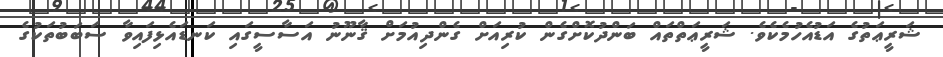
ޝަރީޢަތުގެ އަޑުއެހުމެކެވެ. ޝަރީޢަތްތައް ބަންދުކޮށްގެން ކުރިއަށް ގެންދިއުމަށް ޤާނޫނު އަސާސީގައި ކަނޑައެޅިފައިވާ ސަބަބުތަކުގެ